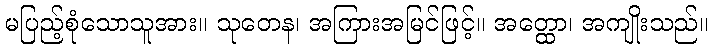
မပြည့်စုံသောသူအား။ သုတေန၊ အကြားအမြင်ဖြင့်။ အတ္ထော၊ အကျိုးသည်။